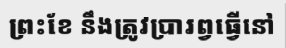
ព្រះខែ នឹងត្រូវប្រារព្វធ្វើនៅ